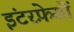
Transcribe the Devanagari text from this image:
इंटरफ़ेसों